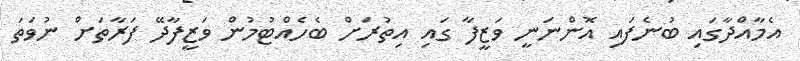
އެމާއްދާގައި ބުނެފައި އޮންނަނީ ވަޒީފާ ގައި އިތުރަށް ބެހެއްޓުމުން ވަޒީފާދޭ ފަރާތަށް ނުވަތަ